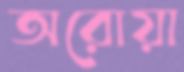
অরোয়া